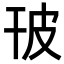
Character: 𤿊